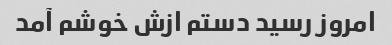
امروز رسید دستم ازش خوشم آمد